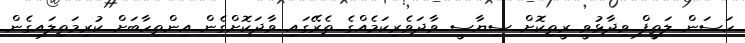
ހަސަން ލަތީފް ވިދާޅުވީ ރީތިކޮށް ސިޔާސީ ވާދަވެރިކަމެއްގެ ތެރޭގައި ވާދަކޮށްގެން އިންތިހާބަށް ކުރިމަތިލައިގެން